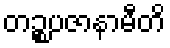
တဉ္စပဇာနာမီတိ